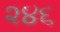
૨૪૬